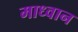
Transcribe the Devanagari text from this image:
माध्वान